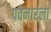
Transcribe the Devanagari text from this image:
पवनारला